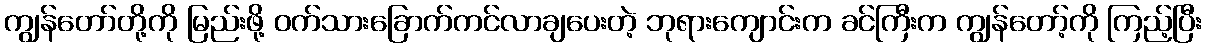
ကျွန်တော်တို့ကို မြည်းဖို့ ဝက်သားခြောက်ကင်လာချပေးတဲ့ ဘုရားကျောင်းက ခင်ကြီးက ကျွန်တော့်ကို ကြည့်ပြီး